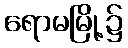
ရောမမြို့၌